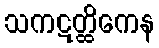
သကဋတ္ထိကေန